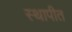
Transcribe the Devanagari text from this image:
स्‍थापीत